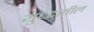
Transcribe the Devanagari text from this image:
युध्दातील